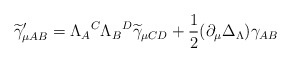
\begin{align*}\widetilde{\gamma }_{\mu AB}^{\prime }{}=\Lambda _{A}{}^{C}\Lambda _{B}{}^{D}\widetilde{\gamma }_{\mu CD}{}+\frac{1}{2}(\partial _{\mu }\Delta _{{\small \Lambda }})\gamma _{AB} \end{align*}